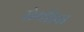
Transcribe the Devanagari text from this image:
सेर्योझा